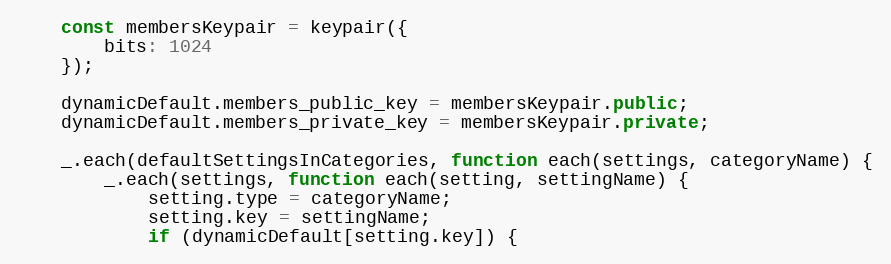
Language: JavaScript
    const membersKeypair = keypair({
        bits: 1024
    });

    dynamicDefault.members_public_key = membersKeypair.public;
    dynamicDefault.members_private_key = membersKeypair.private;

    _.each(defaultSettingsInCategories, function each(settings, categoryName) {
        _.each(settings, function each(setting, settingName) {
            setting.type = categoryName;
            setting.key = settingName;
            if (dynamicDefault[setting.key]) {